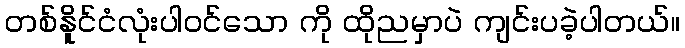
တစ်နိူင်ငံလုံးပါဝင်သော ကို ထိုညမှာပဲ ကျင်းပခဲ့ပါတယ်။